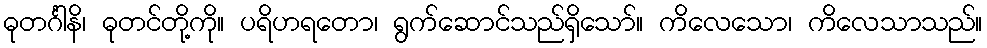
ဓုတင်္ဂါနိ၊ ဓုတင်တို့ကို။ ပရိဟရတော၊ ရွက်ဆောင်သည်ရှိသော်။ ကိလေသော၊ ကိလေသာသည်။